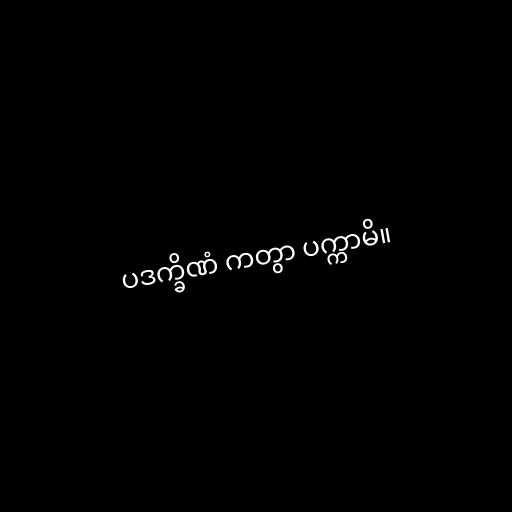
ပဒက္ခိဏံ ကတွာ ပက္ကာမိ။